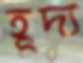
হূদ্য